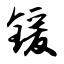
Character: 锾